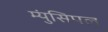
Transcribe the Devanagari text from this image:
म्युंसिपल